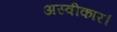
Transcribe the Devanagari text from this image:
अस्वीकार।